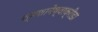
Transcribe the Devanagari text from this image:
श्मशानेष्वाक्रीडा